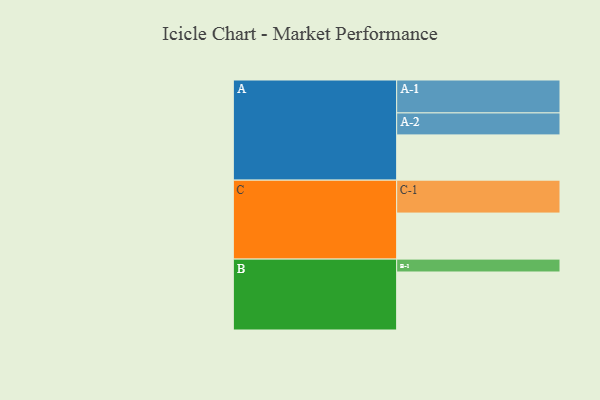
{"axis": {"x": "Segment", "y": "Value"}, "legend": ["", "A", "B", "C"], "data": [{"x": "A", "y": 348, "type": ""}, {"x": "B", "y": 446, "type": ""}, {"x": "C", "y": 354, "type": ""}, {"x": "A-1", "y": 253, "type": "A"}, {"x": "A-2", "y": 169, "type": "A"}, {"x": "B-1", "y": 99, "type": "B"}, {"x": "C-1", "y": 253, "type": "C"}]}